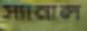
স্যানাল